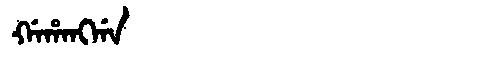
Manchu: ᡤᠠᡥᠠᠩᡤᠠ
Romanization: GAHANGGA